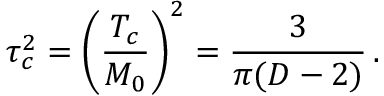
\tau _ { c } ^ { 2 } = \left( \frac { T _ { c } } { M _ { 0 } } \right) ^ { 2 } = \frac { 3 } { \pi ( D - 2 ) } \, { . }